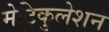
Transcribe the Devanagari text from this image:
मेट्रिकुलेशन